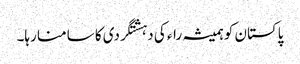
پاکستان کو ہمیشہ راء کی دہشتگردی کا سامنا رہا۔